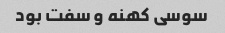
سوسی کهنه و سفت بود